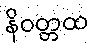
နိဝတ္တထ